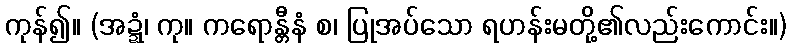
ကုန်၍။ (အဍ္ဍံ၊ ကု။ ကရောန္တီနံ စ၊ ပြုအပ်သော ရဟန်းမတို့၏လည်းကောင်း။)